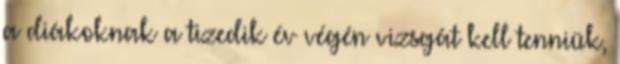
a diákoknak a tizedik év végén vizsgát kell tenniük,